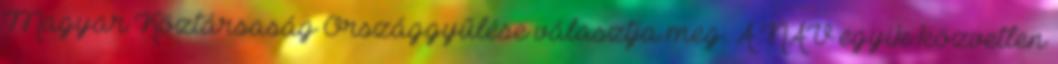
Magyar Köztársaság Országgyűlése választja meg. A NAV egyik közvetlen